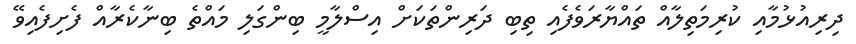
ދިރިއުޅުމާއި ކުރިމަތިލާއް ތައްޔާރަވެފެއި ތިބި ދަރިންތަކަށް އިސްލާމީ ބިންގަލި މައްތެ ބިނާކެރާއް ފެށިފެއިވޭ